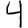
Digit: 4